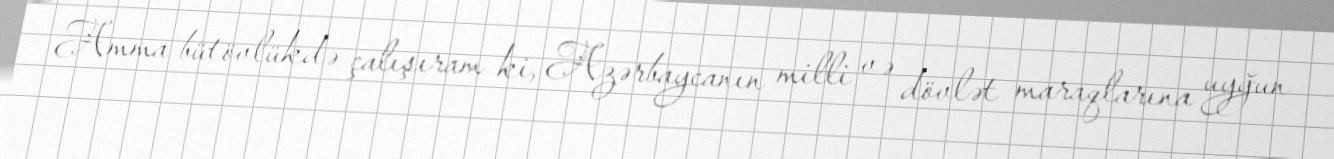
Amma bütövlükdə çalışıram ki, Azərbaycanın milli və dövlət maraqlarına uyğun